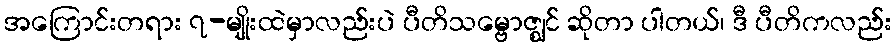
အကြောင်းတရား ၇-မျိုးထဲမှာလည်းပဲ ပီတိသမ္ဗောဇ္ဈင် ဆိုတာ ပါတယ်၊ ဒီ ပီတိကလည်း